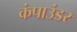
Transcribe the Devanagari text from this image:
कंपाउंडर